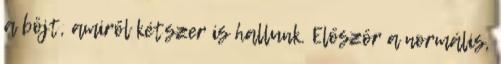
a böjt, amiről kétszer is hallunk. Először a normális,